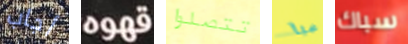
أجاب قهوه تتصلوا هيا سباك